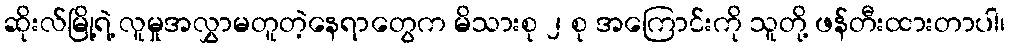
ဆိုးလ်မြို့ရဲ့ လူမှုအလွှာမတူတဲ့နေရာတွေက မိသားစု ၂ စု အကြောင်းကို သူတို့ ဖန်တီးထားတာပါ၊